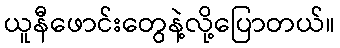
ယူနီဖောင်းတွေနဲ့လို့ပြောတယ်။